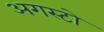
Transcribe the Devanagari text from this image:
अगस्टो